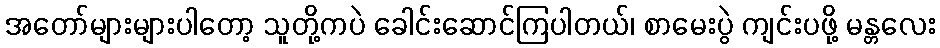
အတော်များများပါတော့ သူတို့ကပဲ ခေါင်းဆောင်ကြပါတယ်၊ စာမေးပွဲ ကျင်းပဖို့ မန္တလေး